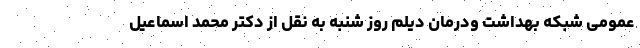
عمومی شبکه بهداشت ودرمان دیلم روز شنبه به نقل از دکتر محمد اسماعیل